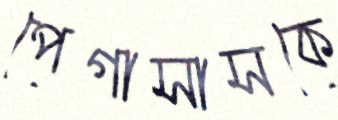
পেগাসাসকে